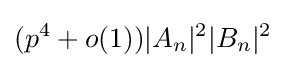
(p^{4}+o(1))|A_{n}|^{2}|B_{n}|^{2}